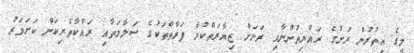
މީގެ އިތުރުން ރަށުގެ ރައްޔިތުންނާއި ރަށަށް ޒިޔާރަތްކުރާ ފަރާތްތަކުގެ ސަލާމަތާއި ރައްކާތެރިކަން ކަށަވަރު